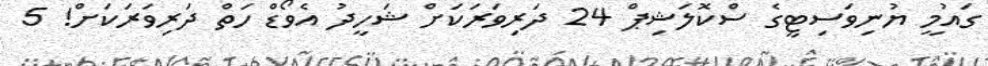
ގައުމީ ޔުނިވަސިޓީގެ ސްކޮލަޝިޕް 24 ދަރިވަރަކަށް ޝަހީދު އެވޯޑް ހަތް ދަރިވަރަކަށް! 5